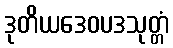
ဒုတိယဒေဝပဒသုတ္တံ